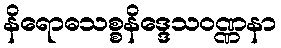
နိရောဓသစ္စနိဒ္ဒေသဝဏ္ဏနာ